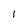
Character: l